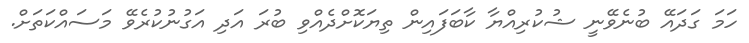
ހަމަ ގަދައޭ ބުނެވޭނީ ޝުކުރިއްޔާ ކާބަފައިން ތިޔަކޮށްދެއްވި ބުރަ އަދި އަގުނުކުރެވޭ މަސައްކަތަށް.